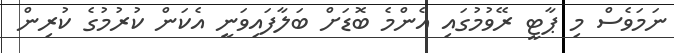
ނަމަވެސް މި ޕާޓީ ރޭވުމުގައި އެންމެ ބޮޑަށް ބަލާފައިވަނީ އެކަން ކުރުމުގެ ކުރިން